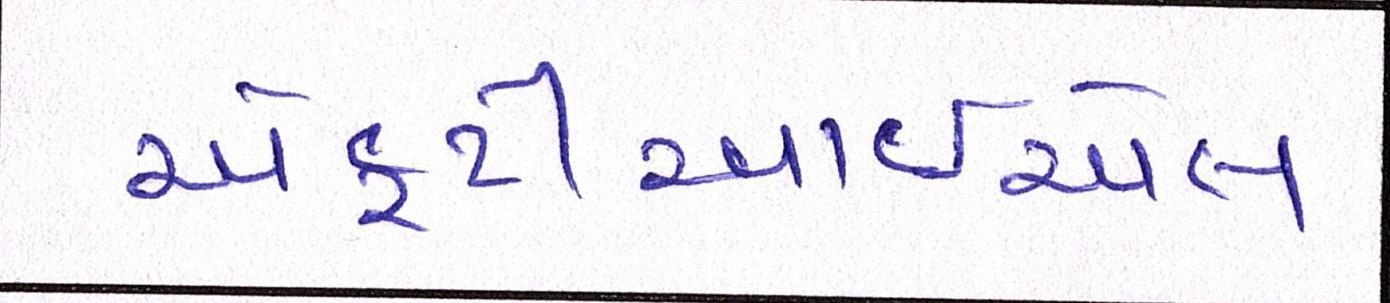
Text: એફટીઆઈએલ